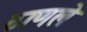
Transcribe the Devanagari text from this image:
ठाणले